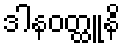
ဒါနဝတ္ထူနိ